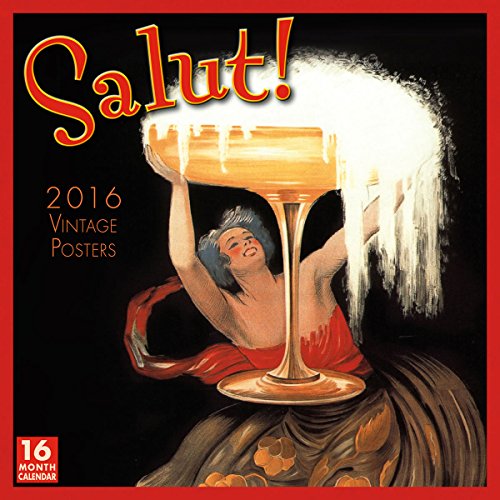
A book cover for Salut! 2016 Wall Calendar; Inc. Buyenlarge; Calendars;